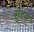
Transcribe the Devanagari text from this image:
सुटन